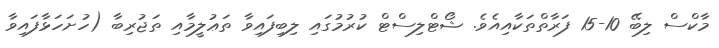
މާކްސް ލިބޭ 10-15 ފަރާތްތަކާއިއެވެ. ޝޯޓްލިސްޓް ކުރުމުގައި ލިބިފައިވާ ތަޢުލީމާއި ތަޖުރިބާ (ހުށަހަޅާފައިވާ